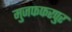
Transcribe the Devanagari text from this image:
मुजफफरपुर